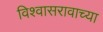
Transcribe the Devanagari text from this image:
विश्वासरावाच्या